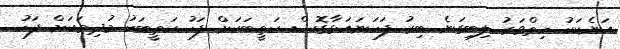
އަނެކަކު ހިތްވަރު ލިބިގަނެ ބިރު ފަހަނައަޅާގޮސް ކަތީބަކަށް ފަހު ކަތީބަކު މުދިމަކަށް ފަހު